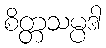
စိတ္တသမ္ပဒါ